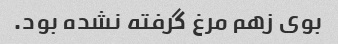
بوی زهم مرغ گرفته نشده بود.